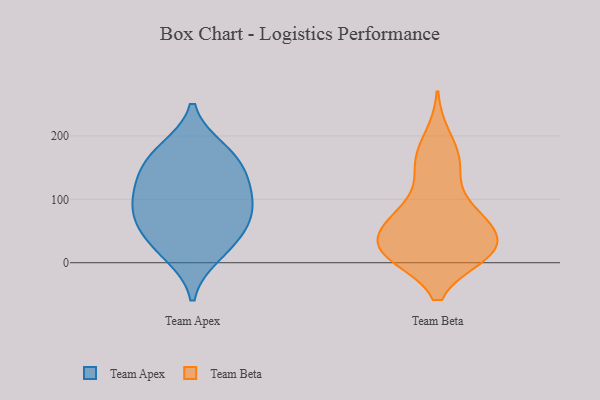
{"axis": {"x": "Inventory Turnover", "y": "Value"}, "legend": ["Team Apex", "Team Beta"], "data": [{"x": "", "y": 56, "type": "Team Apex"}, {"x": "", "y": 149, "type": "Team Apex"}, {"x": "", "y": 13, "type": "Team Apex"}, {"x": "", "y": 132, "type": "Team Apex"}, {"x": "", "y": 79, "type": "Team Apex"}, {"x": "", "y": 107, "type": "Team Apex"}, {"x": "", "y": 170, "type": "Team Apex"}, {"x": "", "y": 178, "type": "Team Apex"}, {"x": "", "y": 103, "type": "Team Apex"}, {"x": "", "y": 67, "type": "Team Apex"}, {"x": "", "y": 29, "type": "Team Apex"}, {"x": "", "y": 71, "type": "Team Beta"}, {"x": "", "y": 19, "type": "Team Beta"}, {"x": "", "y": 22, "type": "Team Beta"}, {"x": "", "y": 52, "type": "Team Beta"}, {"x": "", "y": 44, "type": "Team Beta"}, {"x": "", "y": 13, "type": "Team Beta"}, {"x": "", "y": 163, "type": "Team Beta"}, {"x": "", "y": 14, "type": "Team Beta"}, {"x": "", "y": 69, "type": "Team Beta"}, {"x": "", "y": 153, "type": "Team Beta"}, {"x": "", "y": 23, "type": "Team Beta"}, {"x": "", "y": 15, "type": "Team Beta"}, {"x": "", "y": 149, "type": "Team Beta"}, {"x": "", "y": 82, "type": "Team Beta"}, {"x": "", "y": 79, "type": "Team Beta"}, {"x": "", "y": 15, "type": "Team Beta"}, {"x": "", "y": 198, "type": "Team Beta"}]}